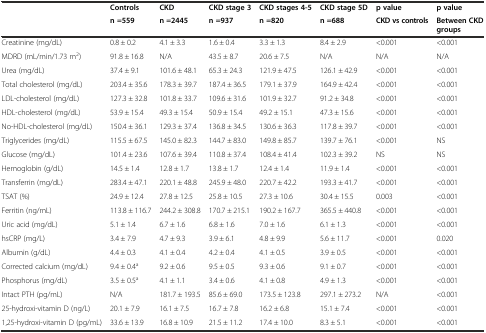
<table><thead><tr><td rowspan="2"></td><td><b>Controls</b></td><td><b>CKD</b></td><td><b>CKD stage 3</b></td><td><b>CKD stages 4-5</b></td><td><b>CKD stage 5D</b></td><td><b>p value</b></td><td><b>p value</b></td></tr><tr><td><b>n =559</b></td><td><b>n =2445</b></td><td><b>n =937</b></td><td><b>n =820</b></td><td><b>n =688</b></td><td><b>CKD vs controls</b></td><td><b>Between CKD groups</b></td></tr></thead><tbody><tr><td>Creatinine (mg/dL)</td><td>0.8 ± 0.2</td><td>4.1 ± 3.3</td><td>1.6 ± 0.4</td><td>3.3 ± 1.3</td><td>8.4 ± 2.9</td><td>&lt;0.001</td><td>&lt;0.001</td></tr><tr><td>MDRD (mL/min/1.73 m<sup>2</sup>)</td><td>91.8 ± 16.8</td><td>N/A</td><td>43.5 ± 8.7</td><td>20.6 ± 7.5</td><td>N/A</td><td>N/A</td><td>N/A</td></tr><tr><td>Urea (mg/dL)</td><td>37.4 ± 9.1</td><td>101.6 ± 48.1</td><td>65.3 ± 24.3</td><td>121.9 ± 47.5</td><td>126.1 ± 42.9</td><td>&lt;0.001</td><td>&lt;0.001</td></tr><tr><td>Total cholesterol (mg/dL)</td><td>203.4 ± 35.6</td><td>178.3 ± 39.7</td><td>187.4 ± 36.5</td><td>179.1 ± 37.9</td><td>164.9 ± 42.4</td><td>&lt;0.001</td><td>&lt;0.001</td></tr><tr><td>LDL-cholesterol (mg/dL)</td><td>127.3 ± 32.8</td><td>101.8 ± 33.7</td><td>109.6 ± 31.6</td><td>101.9 ± 32.7</td><td>91.2 ± 34.8</td><td>&lt;0.001</td><td>&lt;0.001</td></tr><tr><td>HDL-cholesterol (mg/dL)</td><td>53.9 ± 15.4</td><td>49.3 ± 15.4</td><td>50.9 ± 15.4</td><td>49.2 ± 15.1</td><td>47.3 ± 15.6</td><td>&lt;0.001</td><td>&lt;0.001</td></tr><tr><td>No-HDL-cholesterol (mg/dL)</td><td>150.4 ± 36.1</td><td>129.3 ± 37.4</td><td>136.8 ± 34.5</td><td>130.6 ± 36.3</td><td>117.8 ± 39.7</td><td>&lt;0.001</td><td>&lt;0.001</td></tr><tr><td>Triglycerides (mg/dL)</td><td>115.5 ± 67.5</td><td>145.0 ± 82.3</td><td>144.7 ± 83.0</td><td>149.8 ± 85.7</td><td>139.7 ± 76.1</td><td>&lt;0.001</td><td>NS</td></tr><tr><td>Glucose (mg/dL)</td><td>101.4 ± 23.6</td><td>107.6 ± 39.4</td><td>110.8 ± 37.4</td><td>108.4 ± 41.4</td><td>102.3 ± 39.2</td><td>NS</td><td>NS</td></tr><tr><td>Hemoglobin (g/dL)</td><td>14.5 ± 1.4</td><td>12.8 ± 1.7</td><td>13.8 ± 1.7</td><td>12.4 ± 1.4</td><td>11.9 ± 1.4</td><td>&lt;0.001</td><td>&lt;0.001</td></tr><tr><td>Transferrin (mg/dL)</td><td>283.4 ± 47.1</td><td>220.1 ± 48.8</td><td>245.9 ± 48.0</td><td>220.7 ± 42.2</td><td>193.3 ± 41.7</td><td>&lt;0.001</td><td>&lt;0.001</td></tr><tr><td>TSAT (%)</td><td>24.9 ± 12.4</td><td>27.8 ± 12.5</td><td>25.8 ± 10.5</td><td>27.3 ± 10.6</td><td>30.4 ± 15.5</td><td>0.003</td><td>&lt;0.001</td></tr><tr><td>Ferritin (ng/mL)</td><td>113.8 ± 116.7</td><td>244.2 ± 308.8</td><td>170.7 ± 215.1</td><td>190.2 ± 167.7</td><td>365.5 ± 440.8</td><td>&lt;0.001</td><td>&lt;0.001</td></tr><tr><td>Uric acid (mg/dL)</td><td>5.1 ± 1.4</td><td>6.7 ± 1.6</td><td>6.8 ± 1.6</td><td>7.0 ± 1.6</td><td>6.1 ± 1.3</td><td>&lt;0.001</td><td>&lt;0.001</td></tr><tr><td>hsCRP (mg/L)</td><td>3.4 ± 7.9</td><td>4.7 ± 9.3</td><td>3.9 ± 6.1</td><td>4.8 ± 9.9</td><td>5.6 ± 11.7</td><td>&lt;0.001</td><td>0.020</td></tr><tr><td>Albumin (g/dL)</td><td>4.4 ± 0.3</td><td>4.1 ± 0.4</td><td>4.2 ± 0.4</td><td>4.1 ± 0.5</td><td>3.9 ± 0.5</td><td>&lt;0.001</td><td>&lt;0.001</td></tr><tr><td>Corrected calcium (mg/dL)</td><td>9.4 ± 0.4<sup>a</sup></td><td>9.2 ± 0.6</td><td>9.5 ± 0.5</td><td>9.3 ± 0.6</td><td>9.1 ± 0.7</td><td>&lt;0.001</td><td>&lt;0.001</td></tr><tr><td>Phosphorus (mg/dL)</td><td>3.5 ± 0.5<sup>a</sup></td><td>4.1 ± 1.1</td><td>3.4 ± 0.6</td><td>4.1 ± 0.8</td><td>4.9 ± 1.3</td><td>&lt;0.001</td><td>&lt;0.001</td></tr><tr><td>Intact PTH (pg/mL)</td><td>N/A</td><td>181.7 ± 193.5</td><td>85.6 ± 69.0</td><td>173.5 ± 123.8</td><td>297.1 ± 273.2</td><td>N/A</td><td>&lt;0.001</td></tr><tr><td>25-hydroxi-vitamin D (ng/L)</td><td>20.1 ± 7.9</td><td>16.1 ± 7.5</td><td>16.7 ± 7.8</td><td>16.2 ± 6.8</td><td>15.1 ± 7.4</td><td>&lt;0.001</td><td>&lt;0.001</td></tr><tr><td>1,25-hydroxi-vitamin D (pg/mL)</td><td>33.6 ± 13.9</td><td>16.8 ± 10.9</td><td>21.5 ± 11.2</td><td>17.4 ± 10.0</td><td>8.3 ± 5.1</td><td>&lt;0.001</td><td>&lt;0.001</td></tr></tbody></table>